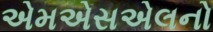
એમએસએલનો